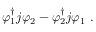
\varphi _ { 1 } ^ { \dag } j \varphi _ { 2 } - \varphi _ { 2 } ^ { \dag } j \varphi _ { 1 } ~ .